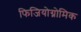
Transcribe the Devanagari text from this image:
फिजियोग्नोमिक